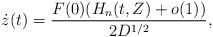
\begin{align*} \dot z(t) = \dfrac{F(0)(H_n(t,Z)+o(1))}{2D^{1/2}},\end{align*}